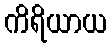
ကိရိယာယ